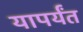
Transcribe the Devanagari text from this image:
यापर्यंत